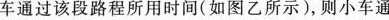
车通过该段路程所用时间(如图乙所示)，则小车通